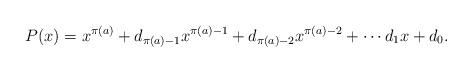
LaTeX: \begin{align*}P(x) = x^{\pi(a)} + d_{\pi(a) - 1}x^{\pi(a) - 1} + d_{\pi(a) - 2}x^{\pi(a) - 2} + \cdots d_1x + d_0.\end{align*}